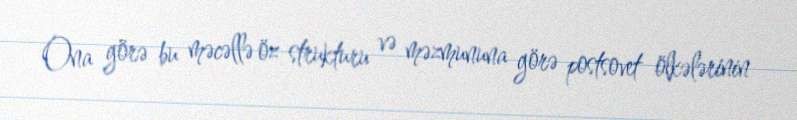
Ona görə bu məcəllə öz strukturu və məzmununa görə postsovet ölkələrinin